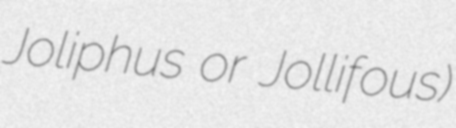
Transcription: Joliphus or Jollifous)